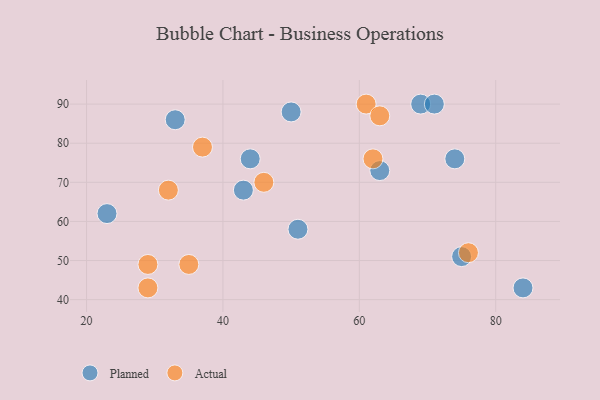
{"axis": {"x": "GDP", "y": "Life Expectancy"}, "legend": ["Actual", "Planned"], "data": [{"x": "44", "y": 76, "type": "Planned"}, {"x": "23", "y": 62, "type": "Planned"}, {"x": "84", "y": 43, "type": "Planned"}, {"x": "50", "y": 88, "type": "Planned"}, {"x": "75", "y": 51, "type": "Planned"}, {"x": "51", "y": 58, "type": "Planned"}, {"x": "33", "y": 86, "type": "Planned"}, {"x": "69", "y": 90, "type": "Planned"}, {"x": "43", "y": 68, "type": "Planned"}, {"x": "63", "y": 73, "type": "Planned"}, {"x": "71", "y": 90, "type": "Planned"}, {"x": "74", "y": 76, "type": "Planned"}, {"x": "62", "y": 76, "type": "Actual"}, {"x": "37", "y": 79, "type": "Actual"}, {"x": "61", "y": 90, "type": "Actual"}, {"x": "29", "y": 43, "type": "Actual"}, {"x": "35", "y": 49, "type": "Actual"}, {"x": "46", "y": 70, "type": "Actual"}, {"x": "32", "y": 68, "type": "Actual"}, {"x": "76", "y": 52, "type": "Actual"}, {"x": "29", "y": 49, "type": "Actual"}, {"x": "63", "y": 87, "type": "Actual"}]}